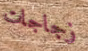
زجاجات